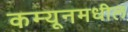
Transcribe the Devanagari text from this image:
कम्यूनमधील